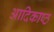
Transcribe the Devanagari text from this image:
आदिकाष्ठ